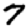
Digit: 7